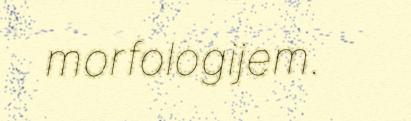
morfologijem.